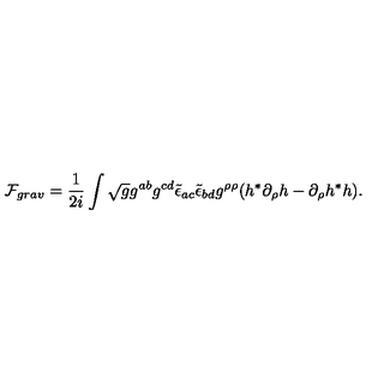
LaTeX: { \cal F } _ { g r a v } = \frac { 1 } { 2 i } \int \sqrt { g } g ^ { a b } g ^ { c d } \tilde { \epsilon } _ { a c } \tilde { \epsilon } _ { b d } g ^ { \rho \rho } ( h ^ { * } \partial _ { \rho } h - \partial _ { \rho } h ^ { * } h ) .